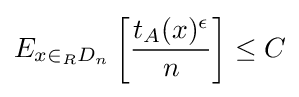
E_{x\in _{R}D_{n}}\left[{\frac {t_{A}(x)^{\epsilon }}{n}}\right]\leq C